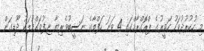
މި ހުކުރުދުވަހު ހަވީރުގެ ޕްރޮގްރާމްގައި 4 ވަނަ ހަފްތާގެ ނަސީބުވެރިޔާ ޏ.ފުވައްމުލަކު ދޫޑިގަން